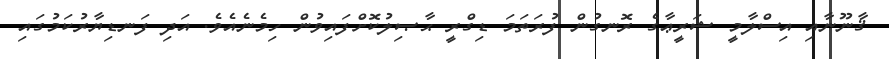
ޤާނޫނާއި އިސްލާމީ ޝަރީޢާގެ ރޮނގުން ފުރަތަމަ ޑިގްރީ ޙާޞިލުކޮށްފައިވުން ހިމެނެއެވެ. އަދި ފަނޑިޔާރުކަމުގައި